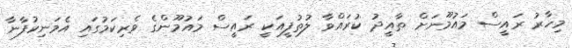
މިހާރު ރައީސް މައުމޫނަށް ތާއީދު ކުރައްވާ ލުތުފީއަކީ ރައީސް މައުމޫންގެ ވެރިކަމުގައި އެމަނިކުފާނާ